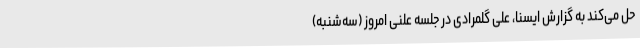
حل می‌کند به گزارش ایسنا، علی گلمرادی در جلسه علنی امروز (سه‌شنبه)